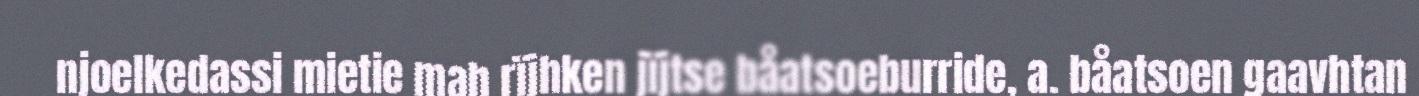
njoelkedassi mietie mah rïjhken jïjtse båatsoeburride, a. båatsoen gaavhtan